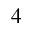
_ 4